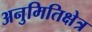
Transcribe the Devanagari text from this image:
अनुमितिक्षेत्र